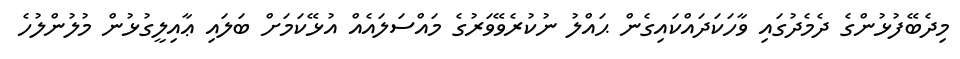
މިދެބޭފުޅުންގެ ދެމެދުގައި ވާހަކަދައްކައިގެން ޙައްލު ނުކުރެވޭވަރުގެ މައްސަލައެއް އުޅޭކަމަށް ބަލައި ޢާއިލީގުޅުން މުލުންލުހެ